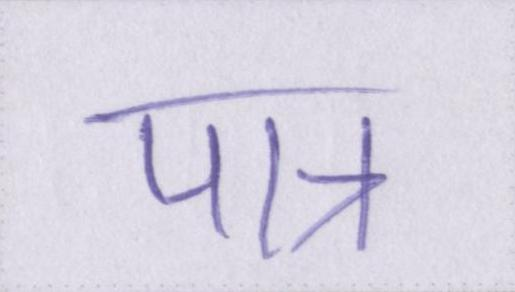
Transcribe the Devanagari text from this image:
पात्र